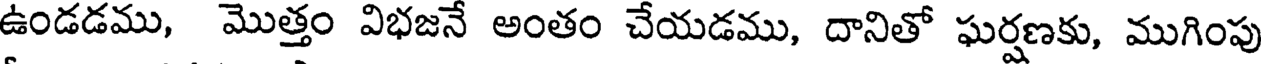
ఉండడము, మొత్తం విభజనే అంతం చేయడము, దానితో ఘర్షణకు, ముగింపు